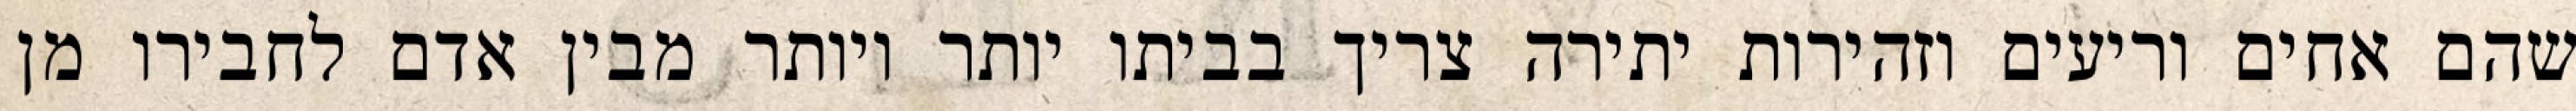
שהם אחים וריעים וזהירות יתירה צריך בביתו יותר ויותר מבין אדם לחבירו מן